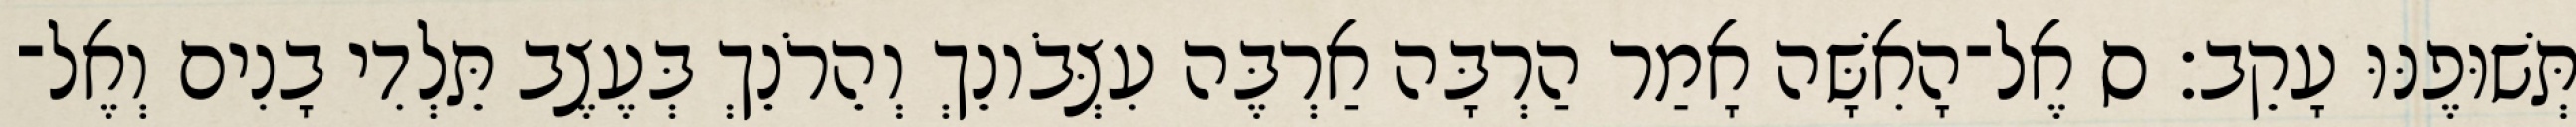
תְּשׁוּפֶנּוּ עָקֵב׃ ס אֶל־הָאִשָּׁה אָמַר הַרְבָּה אַרְבֶּה עִצְּבֹונֵךְ וְהֵרֹנֵךְ בְּעֶצֶב תֵּלְדִי בָנִים וְאֶל־